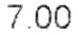
7.00